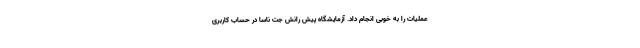
عملیات را به خوبی انجام داد. آزمایشگاه پیش رانش جت ناسا در حساب کاربری